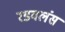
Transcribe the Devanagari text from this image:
रडवलंस